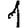
Digit: 1